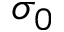
\sigma _ { 0 }